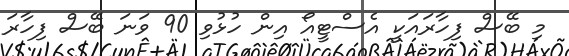
މި ބޭސް ފިހާރައަކީ އެސްޓީއޯ އިން ހުޅުވި 90 ވަނަ ބޭސް ފިހާރަ